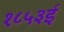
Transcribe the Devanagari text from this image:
१८५३ई